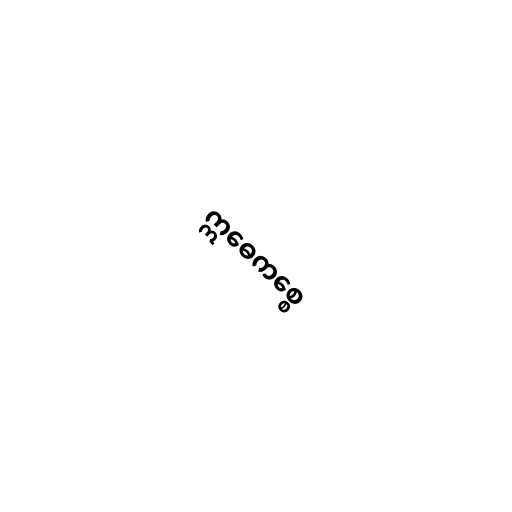
ဣဓေကစ္စေ